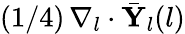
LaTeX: (1/4)\, \nabla_{l}\cdot\bar{\mathbf{Y}}_{l}(l)